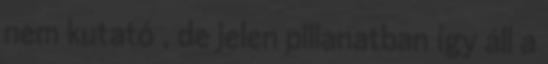
nem kutató , de jelen pillanatban így áll a